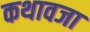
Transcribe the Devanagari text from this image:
कथावजा